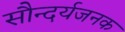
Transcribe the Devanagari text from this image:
सौन्दर्यजनक